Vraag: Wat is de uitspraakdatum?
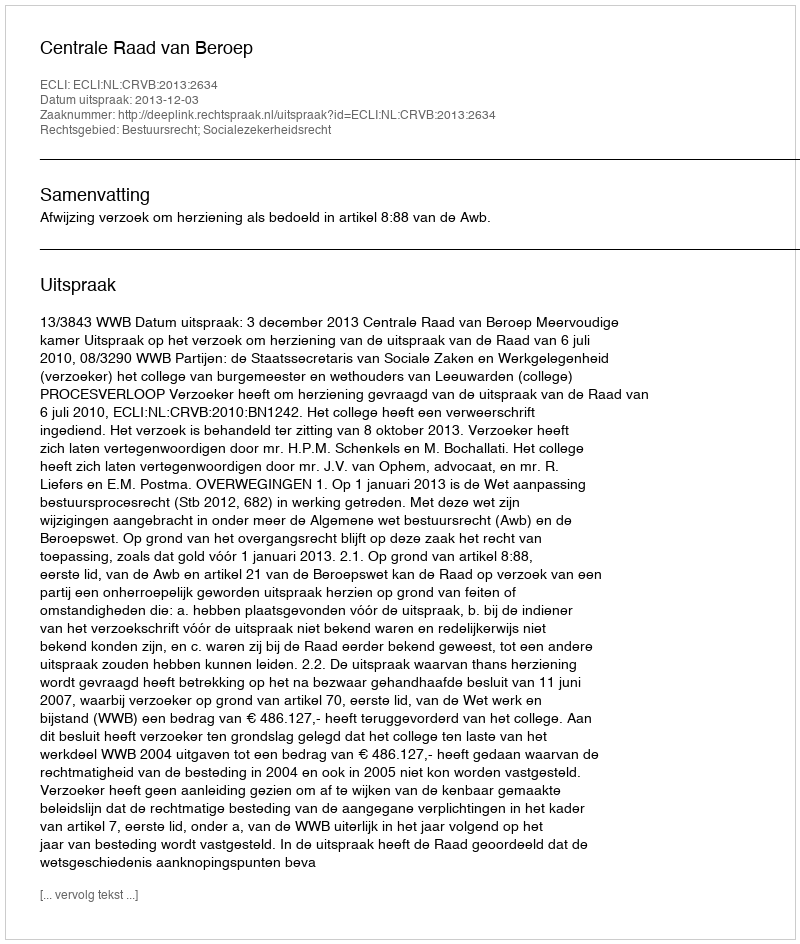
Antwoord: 2013-12-03